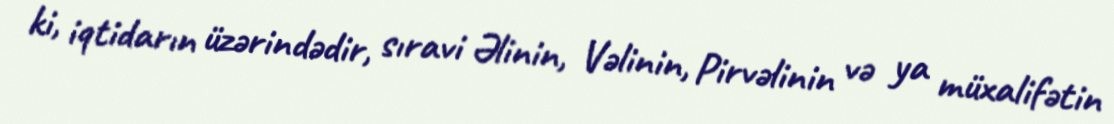
ki, iqtidarın üzərindədir, sıravi Əlinin, Vəlinin, Pirvəlinin və ya müxalifətin